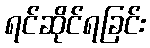
ရင်ဆိုင်ရခြင်း